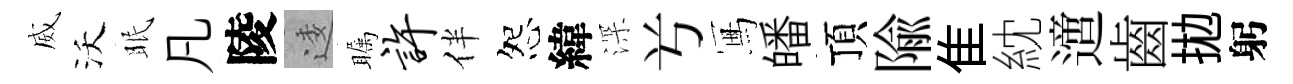
威沃眠凡陵逶瞩许伴怨緯深𠔃冩皤頂隃隹紞𨗁齒拋躬